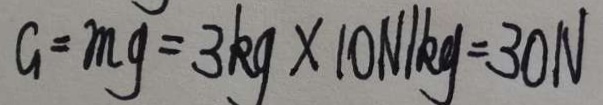
G = m g = 3 k g \times 1 0 N / k g = 3 0 N